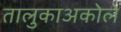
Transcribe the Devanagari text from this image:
तालुकाअकोले